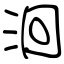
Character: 洄